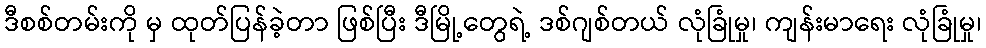
ဒီစစ်တမ်းကို မှ ထုတ်ပြန်ခဲ့တာ ဖြစ်ပြီး ဒီမြို့တွေရဲ့ ဒစ်ဂျစ်တယ် လုံခြုံမှု၊ ကျန်းမာရေး လုံခြုံမှု၊